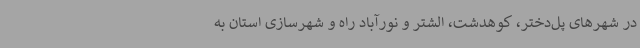
در شهرهای پل‌دختر، کوهدشت، الشتر و نورآباد راه و شهرسازی استان به